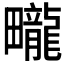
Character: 𤳽